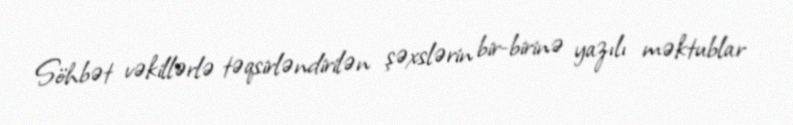
Söhbət vəkillərlə təqsirləndirilən şəxslərin bir-birinə yazılı məktublar